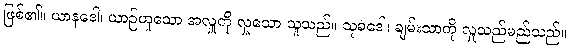
ဖြစ်၏။ ယာနဒေါ၊ ယာဉ်ဟူသော အလှူကို လှူသော သူသည်။ သုခဒေါ၊ ချမ်းသာကို လှူသည်မည်သည်။